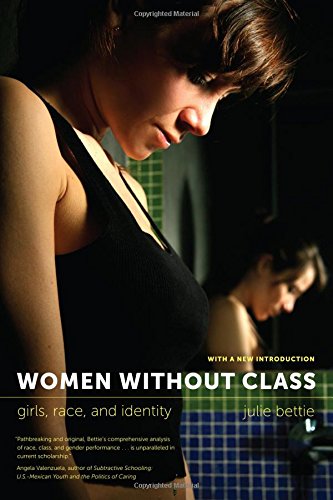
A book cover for Women without Class: Girls, Race, and Identity; Julie Bettie; Parenting & Relationships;